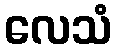
လေသံ